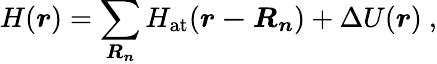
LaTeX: H({\boldsymbol{r}})=\sum_{\boldsymbol{R_{n}}}H_{\mathrm{at}}({\boldsymbol{r-R_{n}}})+\Delta U({\boldsymbol{r}})\ ,